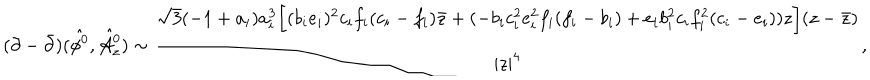
( \partial - { \bar { \partial } } ) ( \hat { { \cal \phi } ^ { 0 } } , \hat { { \cal A } _ { z } ^ { 0 } } ) \sim { \frac { \sqrt { 3 } ( - 1 + a _ { i } ) a _ { i } ^ { 3 } \biggl [ ( b _ { i } e _ { i } ) ^ { 2 } c _ { i } f _ { i } ( c _ { i } - f _ { i } ) { \bar { z } } + ( - b _ { i } c _ { i } ^ { 2 } e _ { i } ^ { 2 } f _ { i } ( f _ { i } - b _ { i } ) + e _ { i } b _ { i } ^ { 2 } c _ { i } f _ { i } ^ { 2 } ( c _ { i } - e _ { i } ) ) z \biggr ] ( z - { \bar { z } } ) } { | z | ^ { 4 } } } ,